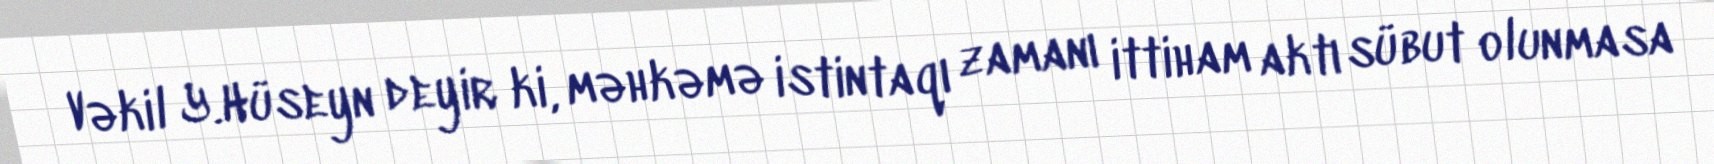
Vəkil Y.Hüseyn deyir ki, məhkəmə istintaqı zamanı ittiham aktı sübut olunmasa